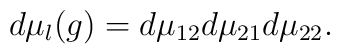
d\mu_l (g) = d\mu_{12} d\mu_{21} d\mu_{22}.